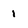
Character: 1